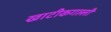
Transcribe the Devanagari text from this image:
खाटीकगल्ली